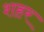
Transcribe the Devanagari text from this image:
शहर